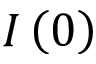
I \left( 0 \right)